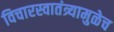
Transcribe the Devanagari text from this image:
विचारस्वातंत्र्यामुळेच